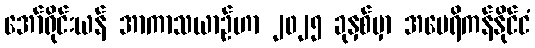
အော်ရိုင်းယန် အာကာသယာဉ်ဟာ ၂၀၂၅ ခုနှစ်မှာ အမေရိကန်နိုင်ငံ